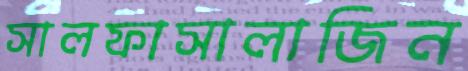
সালফাসালাজিন